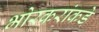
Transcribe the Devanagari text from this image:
भोरकरांकडे